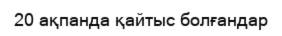
20 ақпанда қайтыс болғандар